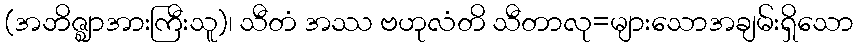
(အဘိဇ္ဈာအားကြီးသူ)၊ သီတံ အဿ ဗဟုလံတိ သီတာလု=များသောအချမ်းရှိသော